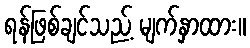
ရန်ဖြစ်ချင်သည့် မျက်နှာထား။